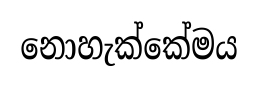
නොහැක්කේමය